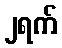
၂ရက်